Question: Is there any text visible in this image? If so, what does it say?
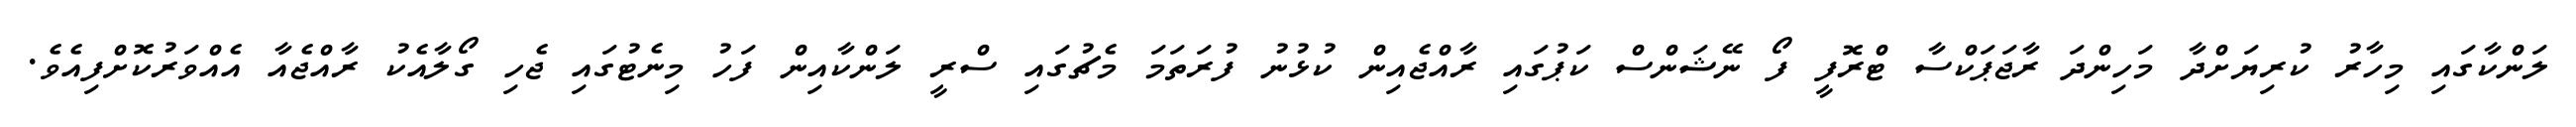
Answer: ލަންކާގައި މިހާރު ކުރިޔަށްދާ މަހިންދަ ރާޖަޕަކްސާ ޓްރޮފީ ފޯ ނޭޝަންސް ކަޕުގައި ރާއްޖެއިން ކުޅުނު ފުރަތަމަ މެޗުގައި ސްރީ ލަންކާއިން ފަހު މިނެޓުގައި ޖެހި ގޯލާއެކު ރާއްޖެއާ އެއްވަރުކޮށްފިއެވެ.